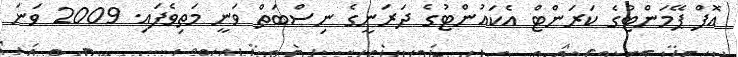
އޮފް ޕޭމަންޓުގެ ކަރަންޓް އެކައުންޓުގެ ދަރަނީގެ ނިސްބަތް ވަނީ މަތިވެފައި. 2009 ވަނަ